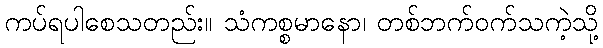
ကပ်ရပါစေသတည်း။ သံကစ္စမာနော၊ တစ်ဘက်ဝက်သကဲ့သို့